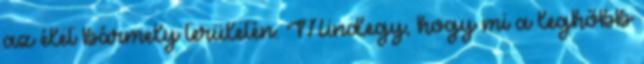
az élet bármely területén. Mindegy, hogy mi a leghőbb